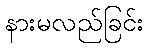
နားမလည်ခြင်း